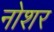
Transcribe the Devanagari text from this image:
नोशर